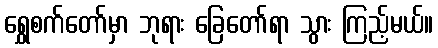
ရွှေစက်တော်မှာ ဘုရား ခြေတော်ရာ သွား ကြည့်မယ်။